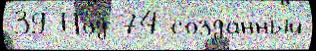
39 Под 74 со́зданный